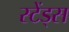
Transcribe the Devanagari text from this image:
स्टेंड्स